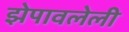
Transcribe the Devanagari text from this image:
झेपावलेली